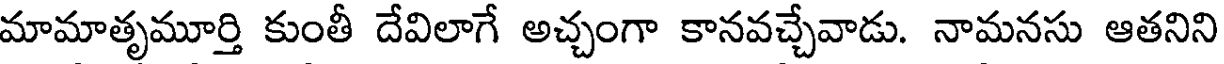
మామాతృమూర్తి కుంతీ దేవిలాగే అచ్చంగా కానవచ్చేవాడు. నామనసు ఆతనిని